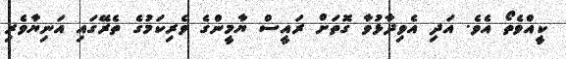
ކީއްވެތޯ އެވެ. އަދި އެވިދާޅުވާ ގޮތަށް ރައީސް ޔާމީންގެ ވެރިކަމުގެ ތެރޭގައި އަނިޔާވެރި